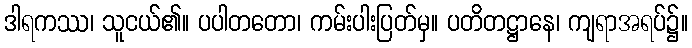
ဒါရကဿ၊ သူငယ်၏။ ပပါတတော၊ ကမ်းပါးပြတ်မှ။ ပတိတဋ္ဌာနေ၊ ကျရာအရပ်၌။